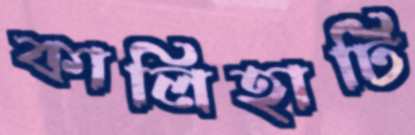
কালিহাটি